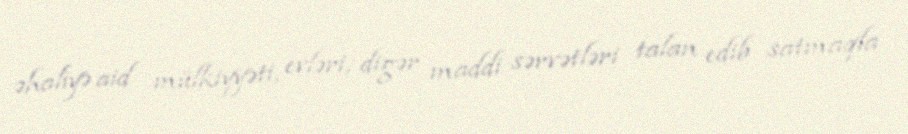
əhaliyə aid mülkiyyəti, evləri, digər maddi sərvətləri talan edib satmaqla